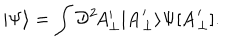
| \Psi \rangle = \int { \cal D } ^ { 2 } \! A _ { \perp } ^ { \prime } | { \bf A } _ { \perp } ^ { \prime } \rangle \Psi [ { \bf A } _ { \perp } ^ { \prime } ] .